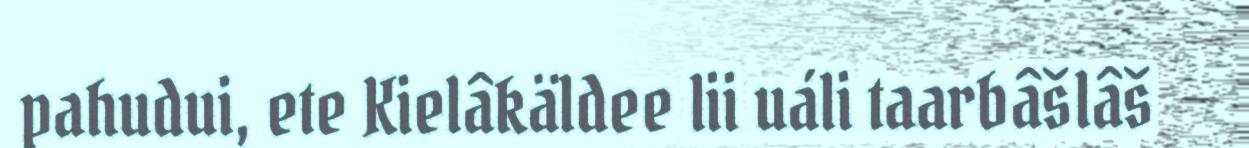
pahudui, ete Kielâkäldee lii uáli taarbâšlâš